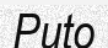
Puto